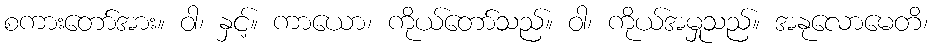
စကားတော်အား။ ဝါ၊ နှင့်။ ကာယော၊ ကိုယ်တော်သည်။ ဝါ၊ ကိုယ်အမှုသည်။ အနုလောမေတိ၊